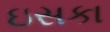
ઇસકા